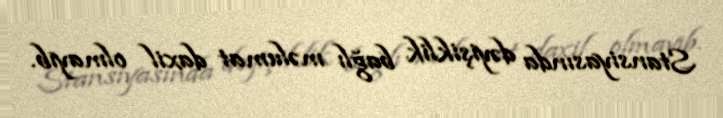
Stansiyasında dəyişiklik bağlı məlumat daxil olmayıb.